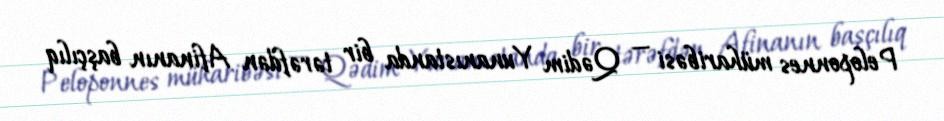
Peloponnes müharibəsi — Qədim Yunanıstanda bir tərəfdən Afinanın başçılıq